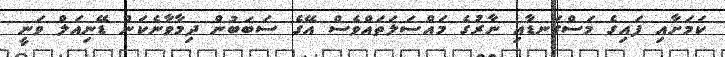
ކަމަށާއި ފައިގެ މަސްގަނޑާއި ނާރުގެ މައްސަލަތައްވެސް އޭގެ ސަބަބުން ދިމާވާނެކަން ޑޭނިއަލް ވަނީ